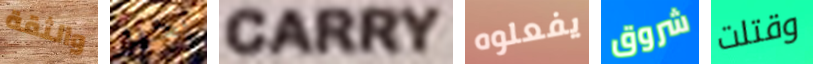
والثقة بخير CARRY يفعلوه شروق وقتلت